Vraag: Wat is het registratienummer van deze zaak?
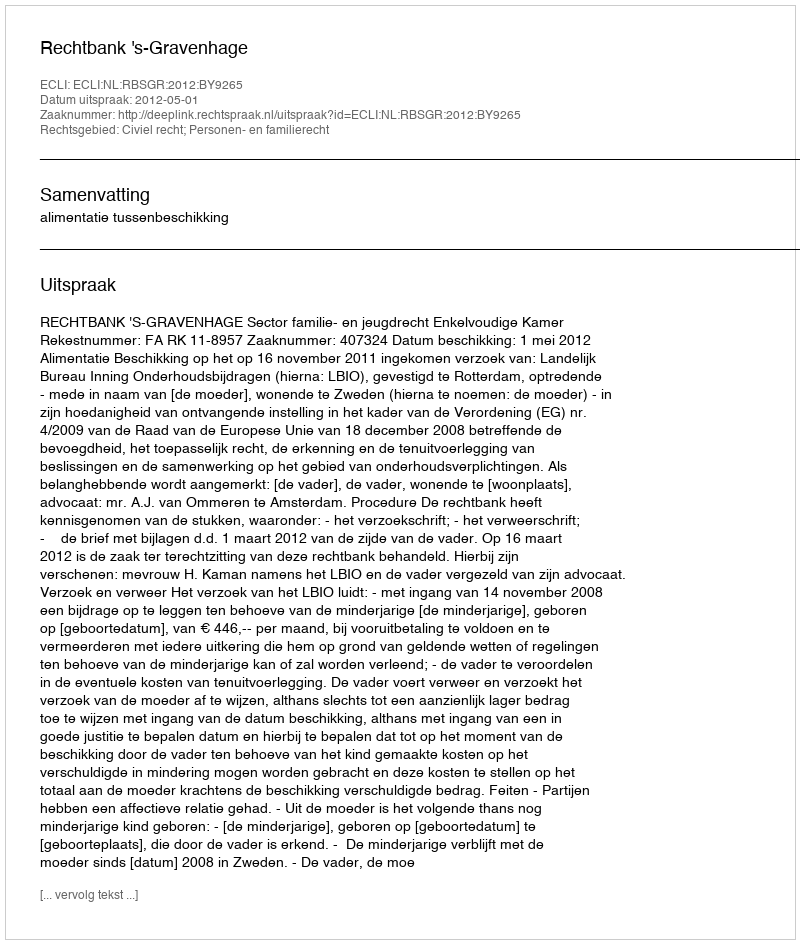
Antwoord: http://deeplink.rechtspraak.nl/uitspraak?id=ECLI:NL:RBSGR:2012:BY9265